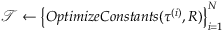
\mathcal { T } \leftarrow \left\{ O p t i m i z e C o n s t a n t s ( \tau ^ { ( i ) } , R ) \right\} _ { i = 1 } ^ { N }